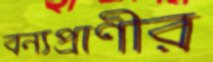
বন্যপ্রাণীর